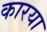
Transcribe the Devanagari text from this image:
कारया